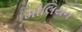
મીલિયન